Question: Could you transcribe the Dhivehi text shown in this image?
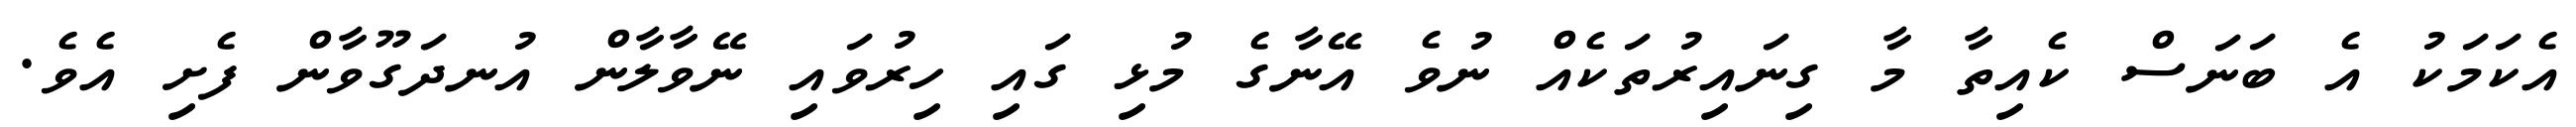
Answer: އެކަމަކު އެ ބަނަސް ކެއިތާ މާ ގިނައިރުތަކެއް ނުވެ އޭނާގެ މުޅި ގައި ހިރުވައި ނޭވާލާން އުނދަގޫވާން ފެށި އެވެ.